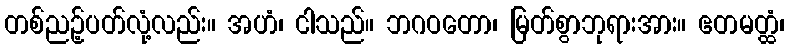
တစ်ညဉ့်ပတ်လုံ့လည်း။ အဟံ၊ ငါသည်။ ဘဂဝတော၊ မြတ်စွာဘုရားအား။ ဧတမတ္ထံ၊